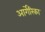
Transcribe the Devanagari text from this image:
आर्गेरिका